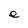
Character: e